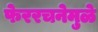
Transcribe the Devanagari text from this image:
फेररचनेमुळे